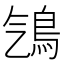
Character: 𩾻